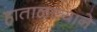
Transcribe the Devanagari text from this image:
हाताळल्याने